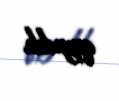
qayıdıb.